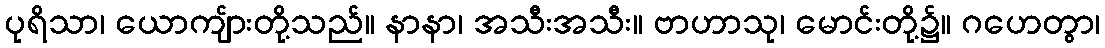
ပုရိသာ၊ ယောကျ်ားတို့သည်။ နာနာ၊ အသီးအသီး။ ဗာဟာသု၊ မောင်းတို့၌။ ဂဟေတွာ၊